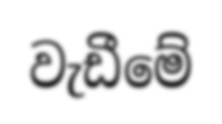
වැඩීමේ